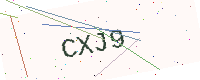
Text: CXJ9